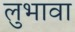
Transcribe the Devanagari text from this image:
लुभावा